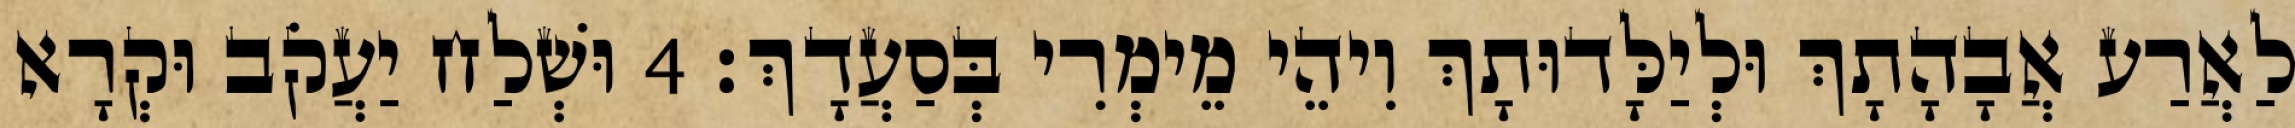
לַאֲרַע אֲבָהָתָךְ וּלְיַלָּדוּתָךְ וִיהֵי מֵימְרִי בְּסַעֲדָךְ׃ 4 וּשְׁלַח יַעֲקֹב וּקְרָא